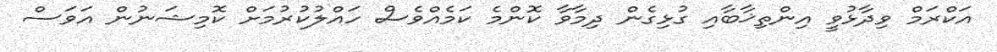
އަކްރަމް ވިދާޅުވީ އިންތިޚާބާއި ގުޅިގެން ދިމާވާ ކޮންމެ ކަމެއްވެސް ހައްލުކުުރުމަށް ކޮމިޝަނުން އަވަސް